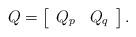
LaTeX: \begin{align*}Q=\left[\begin{array}{cc}Q_p & Q_q\end{array}\right].\end{align*}